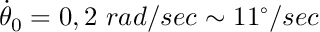
\dot { \theta } _ { 0 } = 0 , 2 ~ r a d / s e c \sim 1 1 ^ { \circ } / s e c